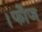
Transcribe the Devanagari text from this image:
।फौज